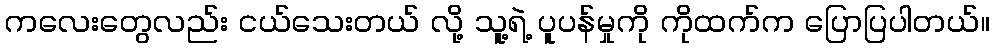
ကလေးတွေလည်း ငယ်သေးတယ် လို့ သူ့ရဲ့ ပူပန်မှုကို ကိုထက်က ပြောပြပါတယ်။